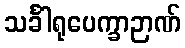
သင်္ခါရုပေက္ခာဉာဏ်